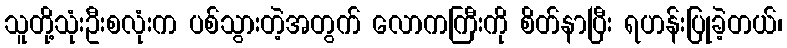
သူတို့သုံးဦးစလုံးက ပစ်သွားတဲ့အတွက် လောကကြီးကို စိတ်နာပြီး ရဟန်းပြုခဲ့တယ်၊